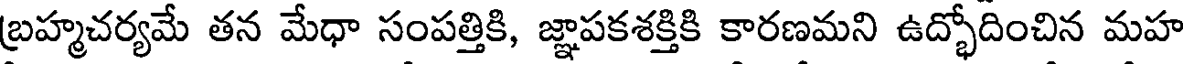
బ్రహ్మచర్యమే తన మేధా సంపత్తికి, జ్ఞాపకశక్తికి కారణమని ఉద్భోదించిన మహ